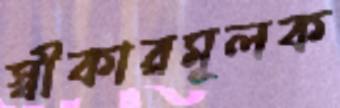
স্বীকারমূলক